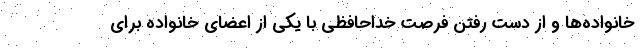
خانواده‌ها و از دست رفتن فرصت خداحافظی با یکی از اعضای خانواده برای